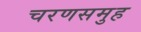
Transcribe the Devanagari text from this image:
चरणसमुह